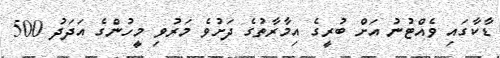
ޑާކާގައި ވެއްޓުނު އަށް ބުރީގެ އިމާރާތުގެ ދަށުވެ މަރުވި މީހުންގެ އަދަދު 500